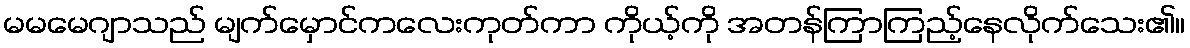
မမမေဂျာသည် မျက်မှောင်ကလေးကုတ်ကာ ကိုယ့်ကို အတန်ကြာကြည့်နေလိုက်သေး၏။